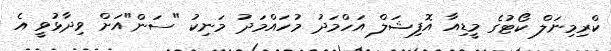
ކްރިމިނަލް ކޯޓުގެ މީޑިއާ އޮފިޝަލް އަހްމަދު މުހައްމަދު މަނިކު "ސަން"އަށް ވިދާޅުވީ އެ